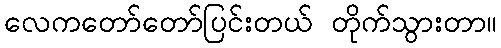
လေကတော်တော်ပြင်းတယ် တိုက်သွားတာ။